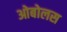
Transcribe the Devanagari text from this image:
ओबोलस